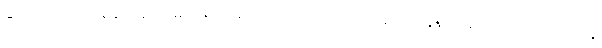
ဆုံလိုက်တဲ့ အချိန်ကလေးမှာ မြင်သိစိတ်ကလေး ပေါ်တဲ့သဘော၊ ခုနက စည်လေးကို လက်နဲ့